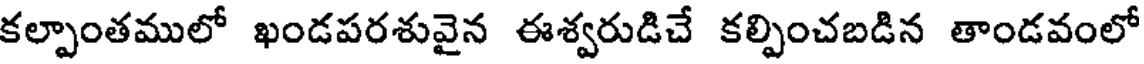
కల్పాంతములో ఖండపరశువైన ఈశ్వరుడిచే కల్పించబడిన తాండవంలో